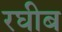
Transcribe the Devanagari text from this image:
रघीब